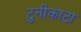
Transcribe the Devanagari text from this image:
टुनीकाटा